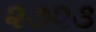
૨૭૨૩